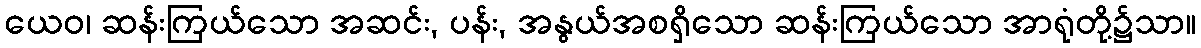
ယေဝ၊ ဆန်းကြယ်သော အဆင်း, ပန်း, အနွယ်အစရှိသော ဆန်းကြယ်သော အာရုံတို့၌သာ။